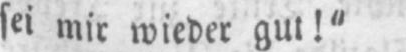
sei mir wieder gut!“